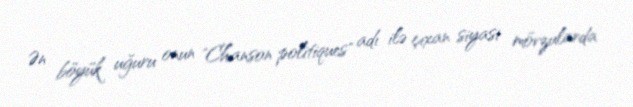
Ən böyük uğuru onun "Chanson politiques" adı ilə çıxan siyasi mövzularda